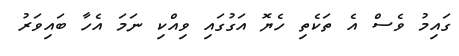
ގައިމު ވެސް އެ ތަކެތި ހެޔޮ އަގުގައި ވިއްކި ނަމަ އެހާ ބައިވަރު